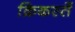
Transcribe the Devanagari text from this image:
क्रिकस्तें